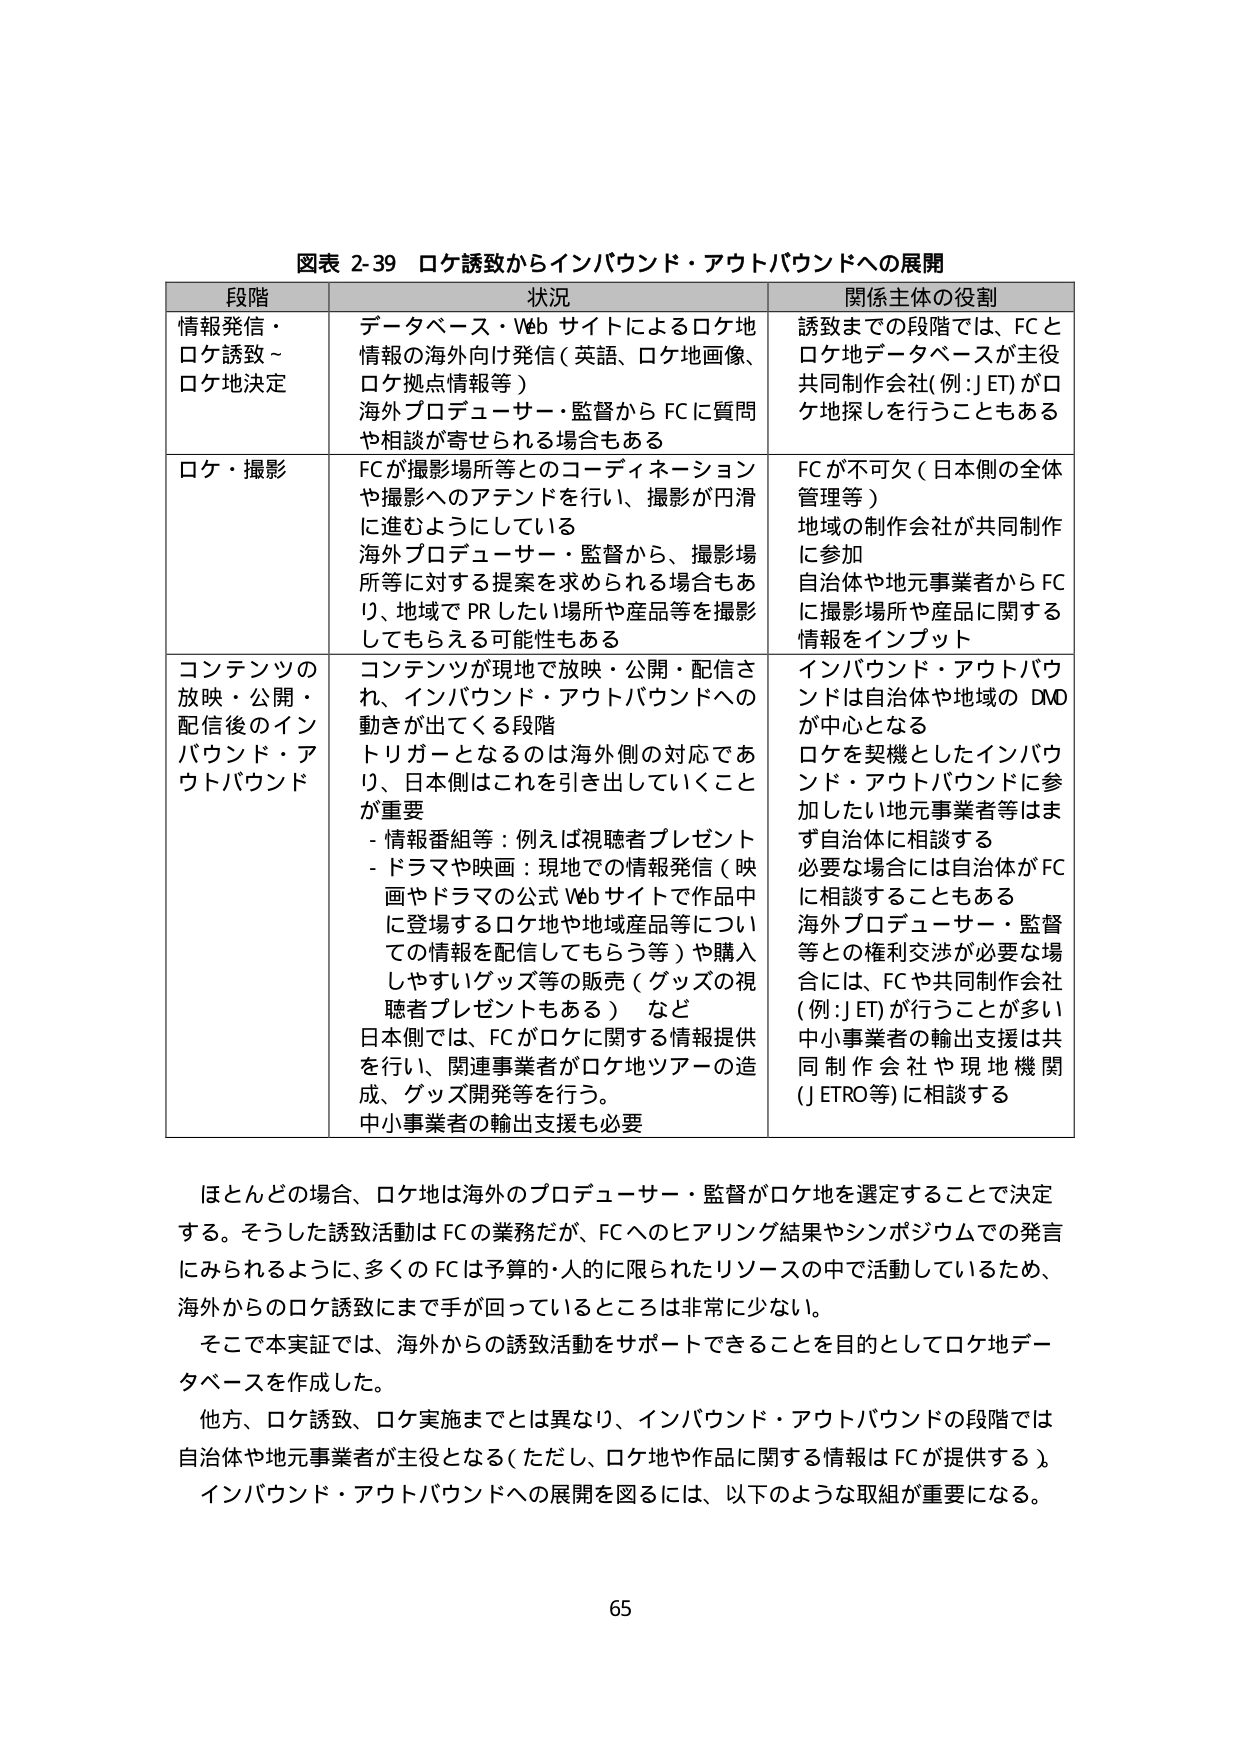
図表 2-39 ロケ誘致からインバウンド・アウトバウンドへの展開

段階 状況 関係主体の役割

情報発信・ データベース・Web サイトによるロケ地 誘致までの段階では、FC と
ロケ誘致～ 情報の海外向け発信（英語、ロケ地画像、 ロケ地データベースが主役
ロケ地決定 ロケ拠点情報等） 共同制作会社(例：J ET)がロ
海外プロデューサー・監督から FC に質問 ケ地探しを行うこともある
や相談が寄せられる場合もある

ロケ・撮影 FC が撮影場所等とのコーディネーション FC が不可欠（日本側の全体
や撮影へのアテンドを行い、撮影が円滑 管理等）
に進むようにしている 地域の制作会社が共同制作
海外プロデューサー・監督から、撮影場 に参加
所等に対する提案を求められる場合もあ 自治体や地元事業者から FC
り、地域で PR したい場所や産品等を撮影 に撮影場所や産品に関する
してもらえる可能性もある 情報をインプット

コンテンツの コンテンツが現地で放映・公開・配信さ インバウンド・アウトバウ
放映・公開・ れ、インバウンド・アウトバウンドへの ンドは自治体や地域の DVD
配信後のイン 動きが出てくる段階 が中心となる
バウンド・ア トリガーとなるのは海外側の対応であ ロケを契機としたインバウ
ウトバウンド り、日本側はこれを引き出していくこと ンド・アウトバウンドに参
が重要 加したい地元事業者等はま
- 情報番組等：例えば視聴者プレゼント ず自治体に相談する
- ドラマや映画：現地での情報発信（映 必要な場合には自治体がFC
画やドラマの公式 Web サイトで作品中 に相談することもある
に登場するロケ地や地域産品等につい 海外プロデューサー・監督
ての情報を配信してもらう等）や購入 等との権利交渉が必要な場
しやすいグッズ等の販売（グッズの視 合には、FC や共同制作会社
聴者プレゼントもある） など （例：J ET）が行うことが多い
日本側では、FC がロケに関する情報提供 中小事業者の輸出支援は共
を行い、関連事業者がロケ地ツアーの造 同制作会社や現地機関
成、グッズ開発等を行う。 （J ETRO等）に相談する
中小事業者の輸出支援も必要

ほとんどの場合、ロケ地は海外のプロデューサー・監督がロケ地を選定することで決定
する。そうした誘致活動は FC の業務だが、FC へのヒアリング結果やシンポジウムでの発言
にみられるように、多くの FC は予算的・人的に限られたリソースの中で活動しているため、
海外からのロケ誘致にまで手が回っているところ是非常に少ない。
そこで本実証では、海外からの誘致活動をサポートできることを目的としてロケ地データベースを作成した。
他方、ロケ誘致、ロケ実施までとは異なり、インバウンド・アウトバウンドの段階では
自治体や地元事業者が主役となる（ただし、ロケ地や作品に関する情報は FC が提供する）。
インバウンド・アウトバウンドへの展開を図るには、以下のような取組が重要になる。

65